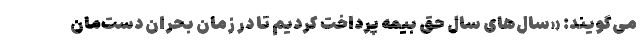
می‌گویند: «سال‌های سال حق بیمه پرداخت کردیم تا در زمان بحران دست‌مان